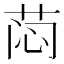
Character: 𰱉